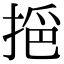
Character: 𢮤